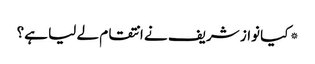
* کیا نواز شریف نے انتقام لے لیا ہے؟